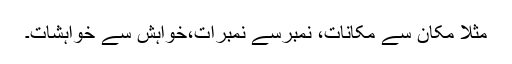
مثلاً مکان سے مکانات، نمبرسے نمبرات،خواہش سے خواہشات۔